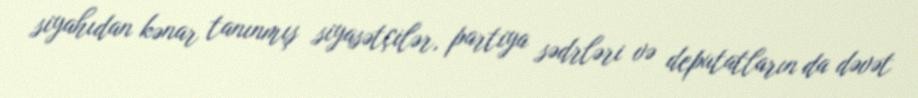
siyahıdan kənar tanınmış siyasətçilər, partiya sədrləri və deputatların da dəvət